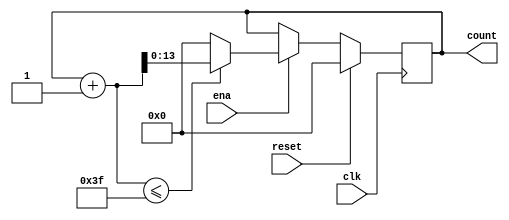
`define SIMULATION_MEMORY

module counter_63_1 (
	input clk,
	input reset,
	input ena,
	output reg [13:0] count
);

always @ (posedge clk) begin 
	if (reset) begin
		count <= 0;
	end else if (ena) begin
		if((count + 1) <= 63) begin
			count <= count + 1;
		end else begin
			count <= 14'd0;
		end
	end
end

endmodule